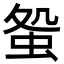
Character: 𧊃